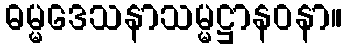
ဓမ္မဒေသနာသမ္မဋ္ဌာနဝနာ။